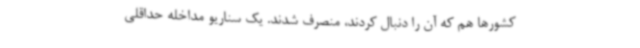
کشورها هم که آن را دنبال کردند، منصرف شدند. یک سناریو مداخله حداقلی